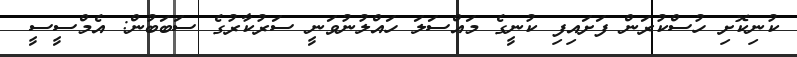
ކުނިކޮށި ހުސްކުރަން ފަށައިފި ކުނީގެ މައްސަލަ ހައްލުނުވަނީ ސަރުކާރުގެ ސަބަބުން: އެމްސީސީ